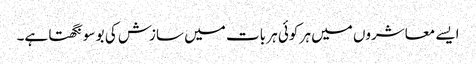
ایسے معاشروں میں ہر کوئی ہر بات میں سازش کی بو سونگھتا ہے۔